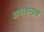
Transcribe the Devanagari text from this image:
अनावम्यक